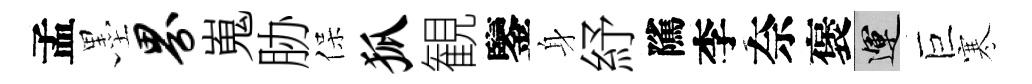
孟墨界嵬胁保狐観鑒身紓隲李奈褒運巨寒